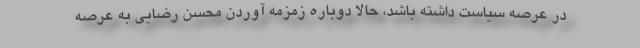
در عرصه سیاست داشته باشد، حالا دوباره زمزمه آوردن محسن رضایی به عرصه